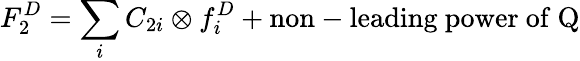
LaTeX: F_{2}^{D}=\sum_{i}C_{2i}\otimes f_{i}^{D}+\mathrm{non-leading~power~of~Q}